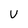
Character: U